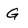
Character: G